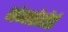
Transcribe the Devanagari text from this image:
नंगारेहोई